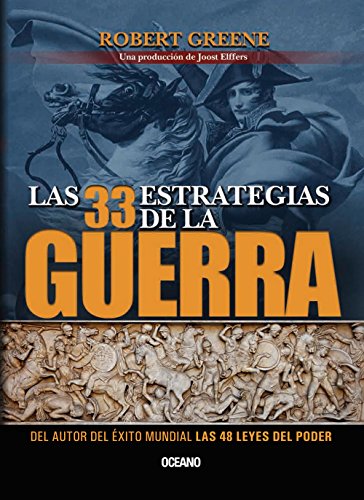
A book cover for Las 33 estrategias de la guerra (Alta definiciÃ³n) (Spanish Edition); Robert Greene; Business & Money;